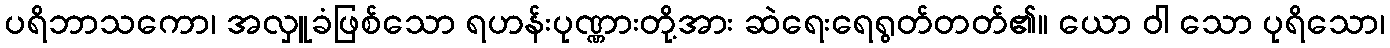
ပရိဘာသကော၊ အလှူခံဖြစ်သော ရဟန်းပုဏ္ဏားတို့အား ဆဲရေးရေရွတ်တတ်၏။ ယော ဝါ သော ပုရိသော၊